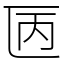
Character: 㔷